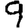
Digit: 9